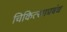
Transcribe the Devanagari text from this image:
चिकित्साप्रबंध